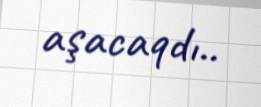
aşacaqdı..